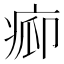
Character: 𱱒